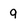
Character: 9